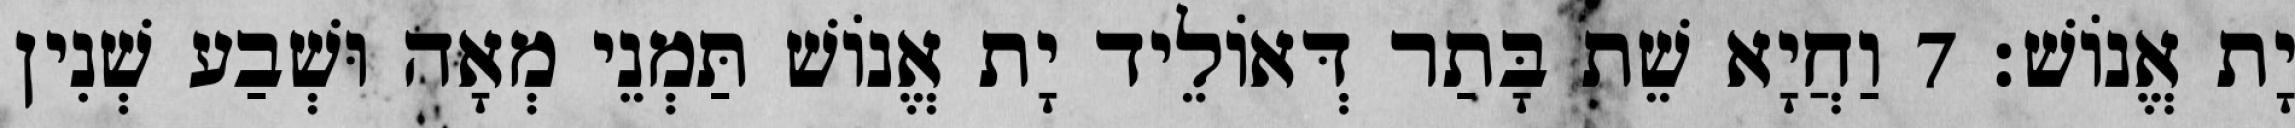
יָת אֱנוֹשׁ׃ 7 וַחֲיָא שֵׁת בָּתַר דְּאוֹלֵיד יָת אֱנוֹשׁ תַּמְנֵי מְאָה וּשְׁבַע שְׁנִין